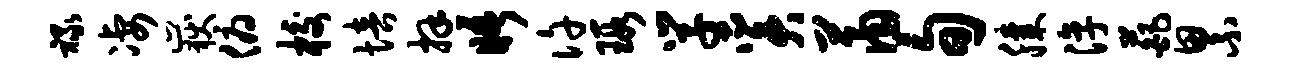
禄凄岳俯校培拜晤许瑕学奚萧旬膝淳葩累